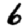
Digit: 6